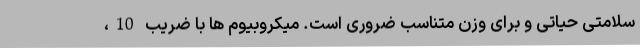
سلامتی حیاتی و برای وزنِ متناسب ضروری است. میکروبیوم ها با ضریب 10،